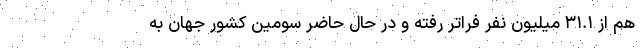
هم از ۳۱.۱ میلیون نفر فراتر رفته و در حال حاضر سومین کشور جهان به